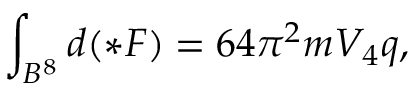
\int _ { B ^ { 8 } } d ( \ast F ) = 6 4 \pi ^ { 2 } m V _ { 4 } q ,